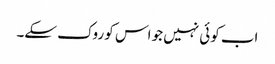
اب کوئی نہیں جو اس کو روک سکے۔